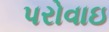
પરોવાઇ